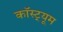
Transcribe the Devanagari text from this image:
कॉस्ट़्यूम